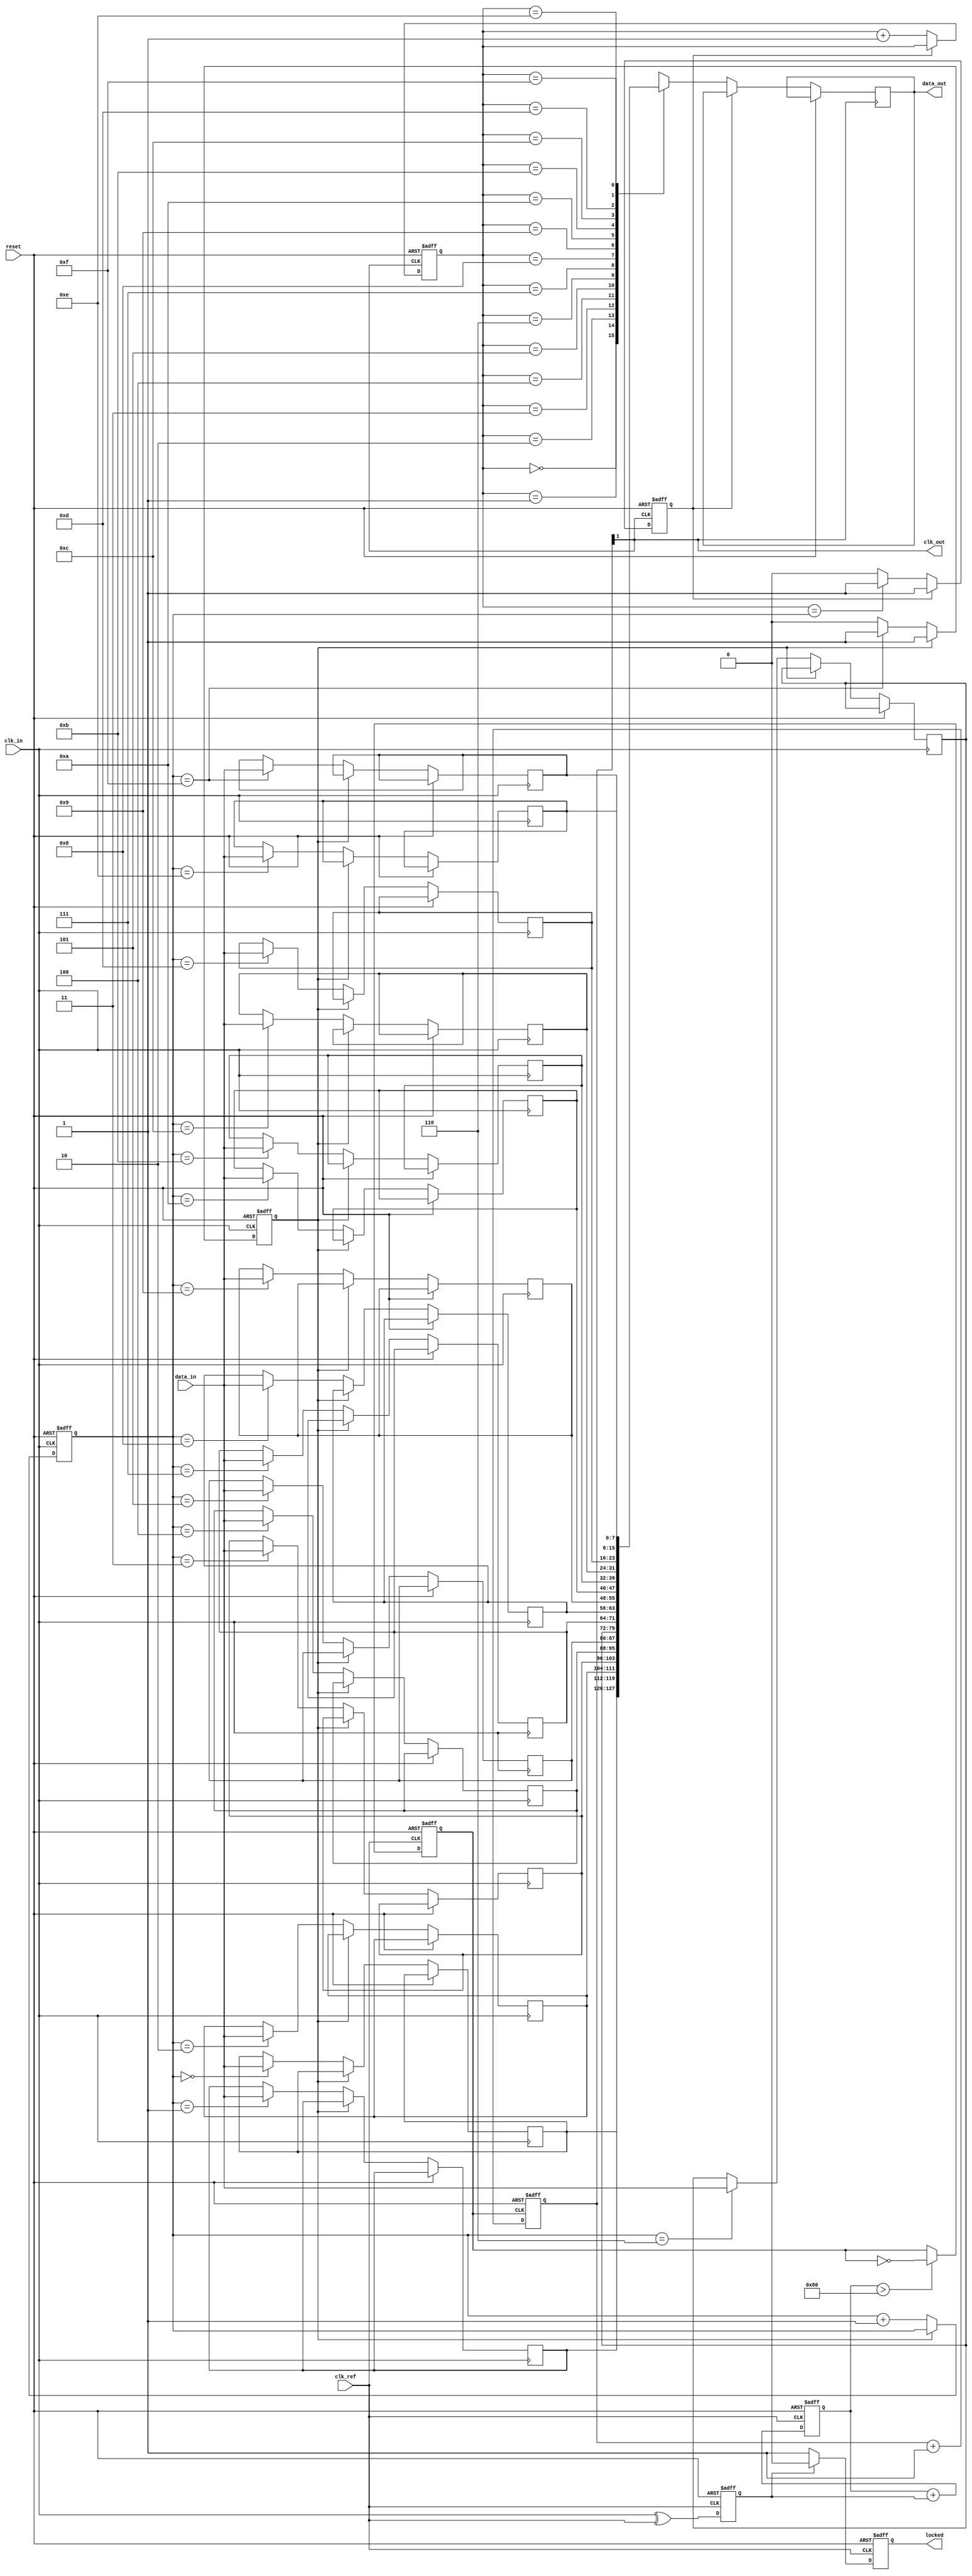
module PLL_Synchronizer (
    input wire clk_ref,          // Reference clock input
    input wire clk_in,           // Input clock from the source domain
    input wire reset,            // Reset signal
    input wire [7:0] data_in,    // Input data
    output wire clk_out,         // Synchronized output clock
    output wire [7:0] data_out,   // Synchronized output data
    output wire locked           // Lock indication
);

    // Phase Detector
    reg phase_error; // Phase error signal
    always @(posedge clk_ref or posedge reset) begin
        if (reset) begin
            phase_error <= 0;
        end else begin
            // Simple phase detection logic (example)
            phase_error <= clk_in ^ clk_ref; // XOR for phase detection
        end
    end

    // Low-Pass Filter (simple integrator for control voltage)
    reg [7:0] control_voltage;
    always @(posedge clk_ref or posedge reset) begin
        if (reset) begin
            control_voltage <= 0;
        end else begin
            control_voltage <= control_voltage + phase_error; // Simple integration
        end
    end

    // Voltage-Controlled Oscillator (VCO)
    reg vco_clk;
    always @(posedge clk_ref or posedge reset) begin
        if (reset) begin
            vco_clk <= 0;
        end else begin
            // Adjust frequency based on control voltage (simple example)
            if (control_voltage > 8'd128) begin
                vco_clk <= ~vco_clk; // Toggle VCO clock
            end
        end
    end

    // Clock Divider (optional)
    reg [1:0] clk_div_counter;
    always @(posedge vco_clk or posedge reset) begin
        if (reset) begin
            clk_div_counter <= 0;
        end else begin
            clk_div_counter <= clk_div_counter + 1;
        end
    end

    assign clk_out = clk_div_counter[1]; // Divide by 4 for example

    // Data Synchronizer (FIFO implementation)
    reg [7:0] fifo [0:15]; // Simple FIFO buffer
    reg [3:0] write_ptr, read_ptr;
    reg fifo_full, fifo_empty;

    always @(posedge clk_in or posedge reset) begin
        if (reset) begin
            write_ptr <= 0;
            fifo_full <= 0;
        end else if (!fifo_full) begin
            fifo[write_ptr] <= data_in;
            write_ptr <= write_ptr + 1;
            if (write_ptr == 15) fifo_full <= 1;
        end
    end

    always @(posedge clk_out or posedge reset) begin
        if (reset) begin
            read_ptr <= 0;
            fifo_empty <= 1;
        end else if (!fifo_empty) begin
            data_out <= fifo[read_ptr];
            read_ptr <= read_ptr + 1;
            if (read_ptr == write_ptr) fifo_empty <= 1;
        end
    end

    // Lock Detection (simple example)
    reg lock;
    always @(posedge clk_ref or posedge reset) begin
        if (reset) begin
            lock <= 0;
        end else if (phase_error == 0) begin
            lock <= 1; // PLL is locked
        end else begin
            lock <= 0;
        end
    end

    assign locked = lock;

endmodule